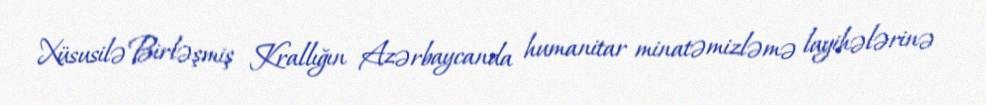
Xüsusilə Birləşmiş Krallığın Azərbaycanda humanitar minatəmizləmə layihələrinə